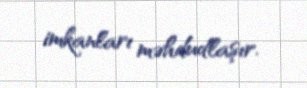
imkanları məhdudlaşır.